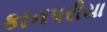
કાનપરીયા